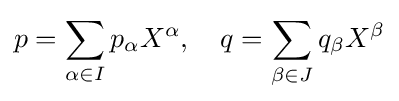
p=\sum _{\alpha \in I}p_{\alpha }X^{\alpha },\quad q=\sum _{\beta \in J}q_{\beta }X^{\beta }